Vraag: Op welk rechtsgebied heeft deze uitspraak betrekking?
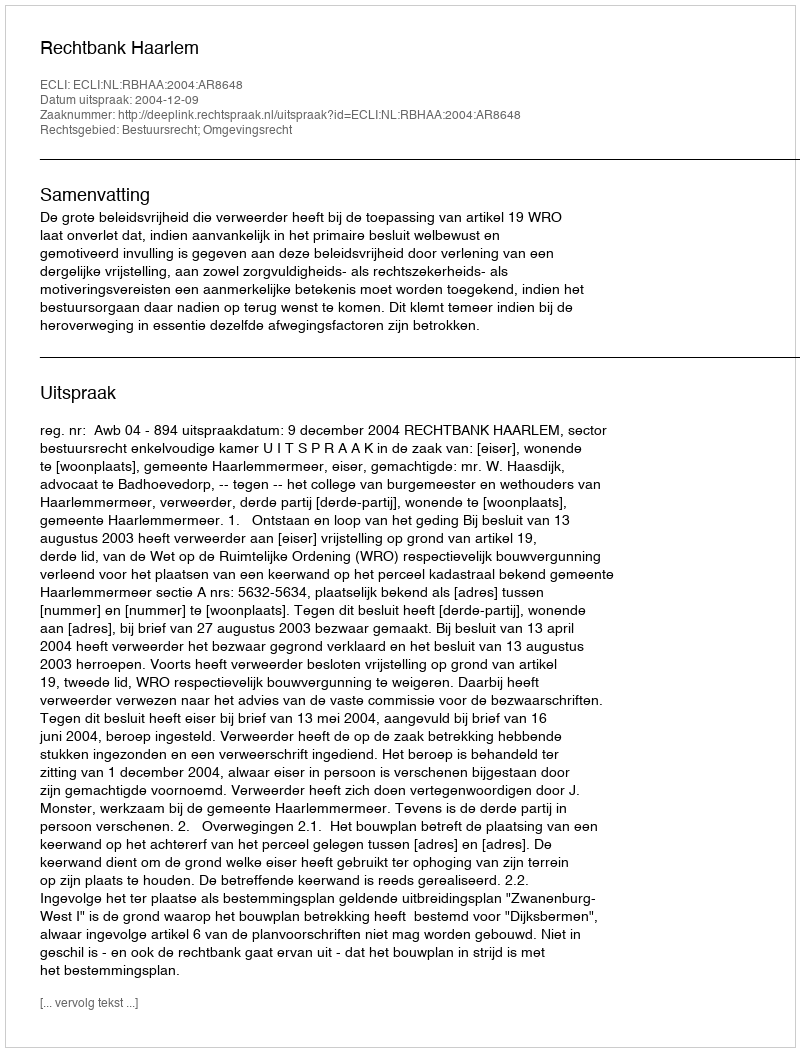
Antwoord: Bestuursrecht; Omgevingsrecht